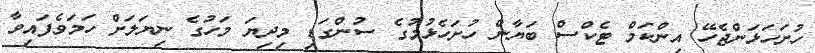
ހުށަހަޅަންޖެހޭ އިންކަމް ޓެކްސް ބަޔާން ހުށަހެޅުމުގެ ސުންގަޑި މިދިޔަ މަހުގެ ނިޔަލަށް ހަމަވެފައިވާ